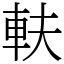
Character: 䡍